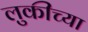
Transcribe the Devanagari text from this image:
लुकीच्या